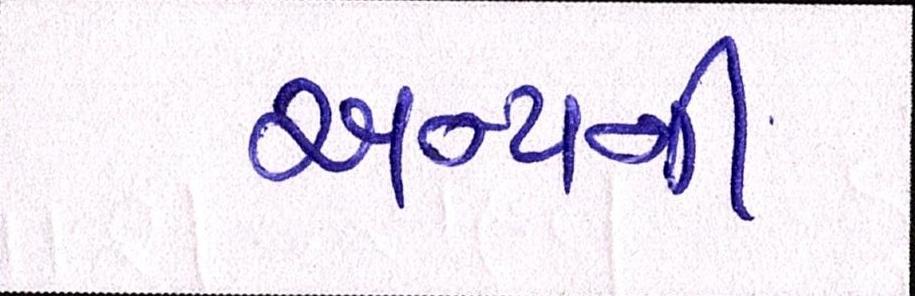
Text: અન્યની